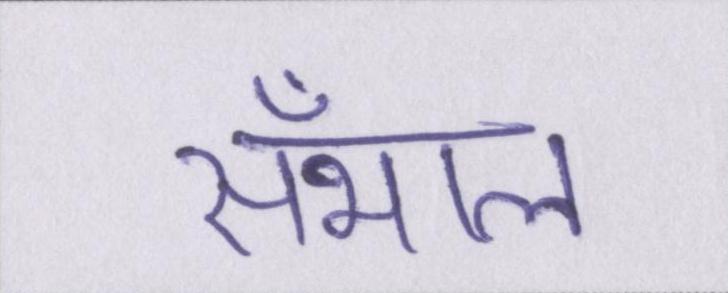
सँभाल